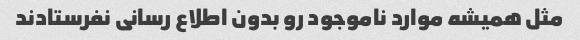
مثل همیشه موارد ناموجود رو بدون اطلاع رسانی نفرستادند